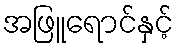
အဖြူရောင်နှင့်